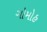
ગોમોહ